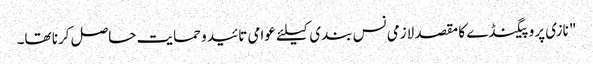
" نازی پروپیگنڈے کا مقصد لازمی نس بندی کیلئے عوامی تائید و حمایت حاصل کرنا تھا۔